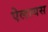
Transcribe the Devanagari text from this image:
ऐलायस